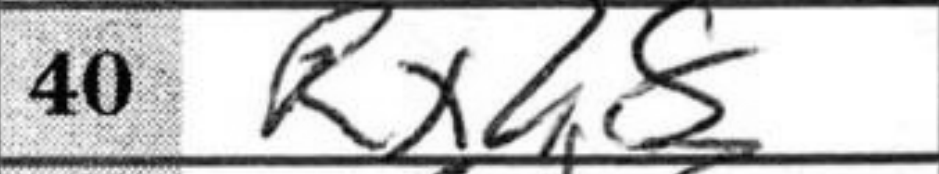
Transcription: Rxh8